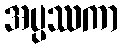
အပ္ပဿကာ